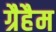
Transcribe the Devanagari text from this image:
ग्रैहैम